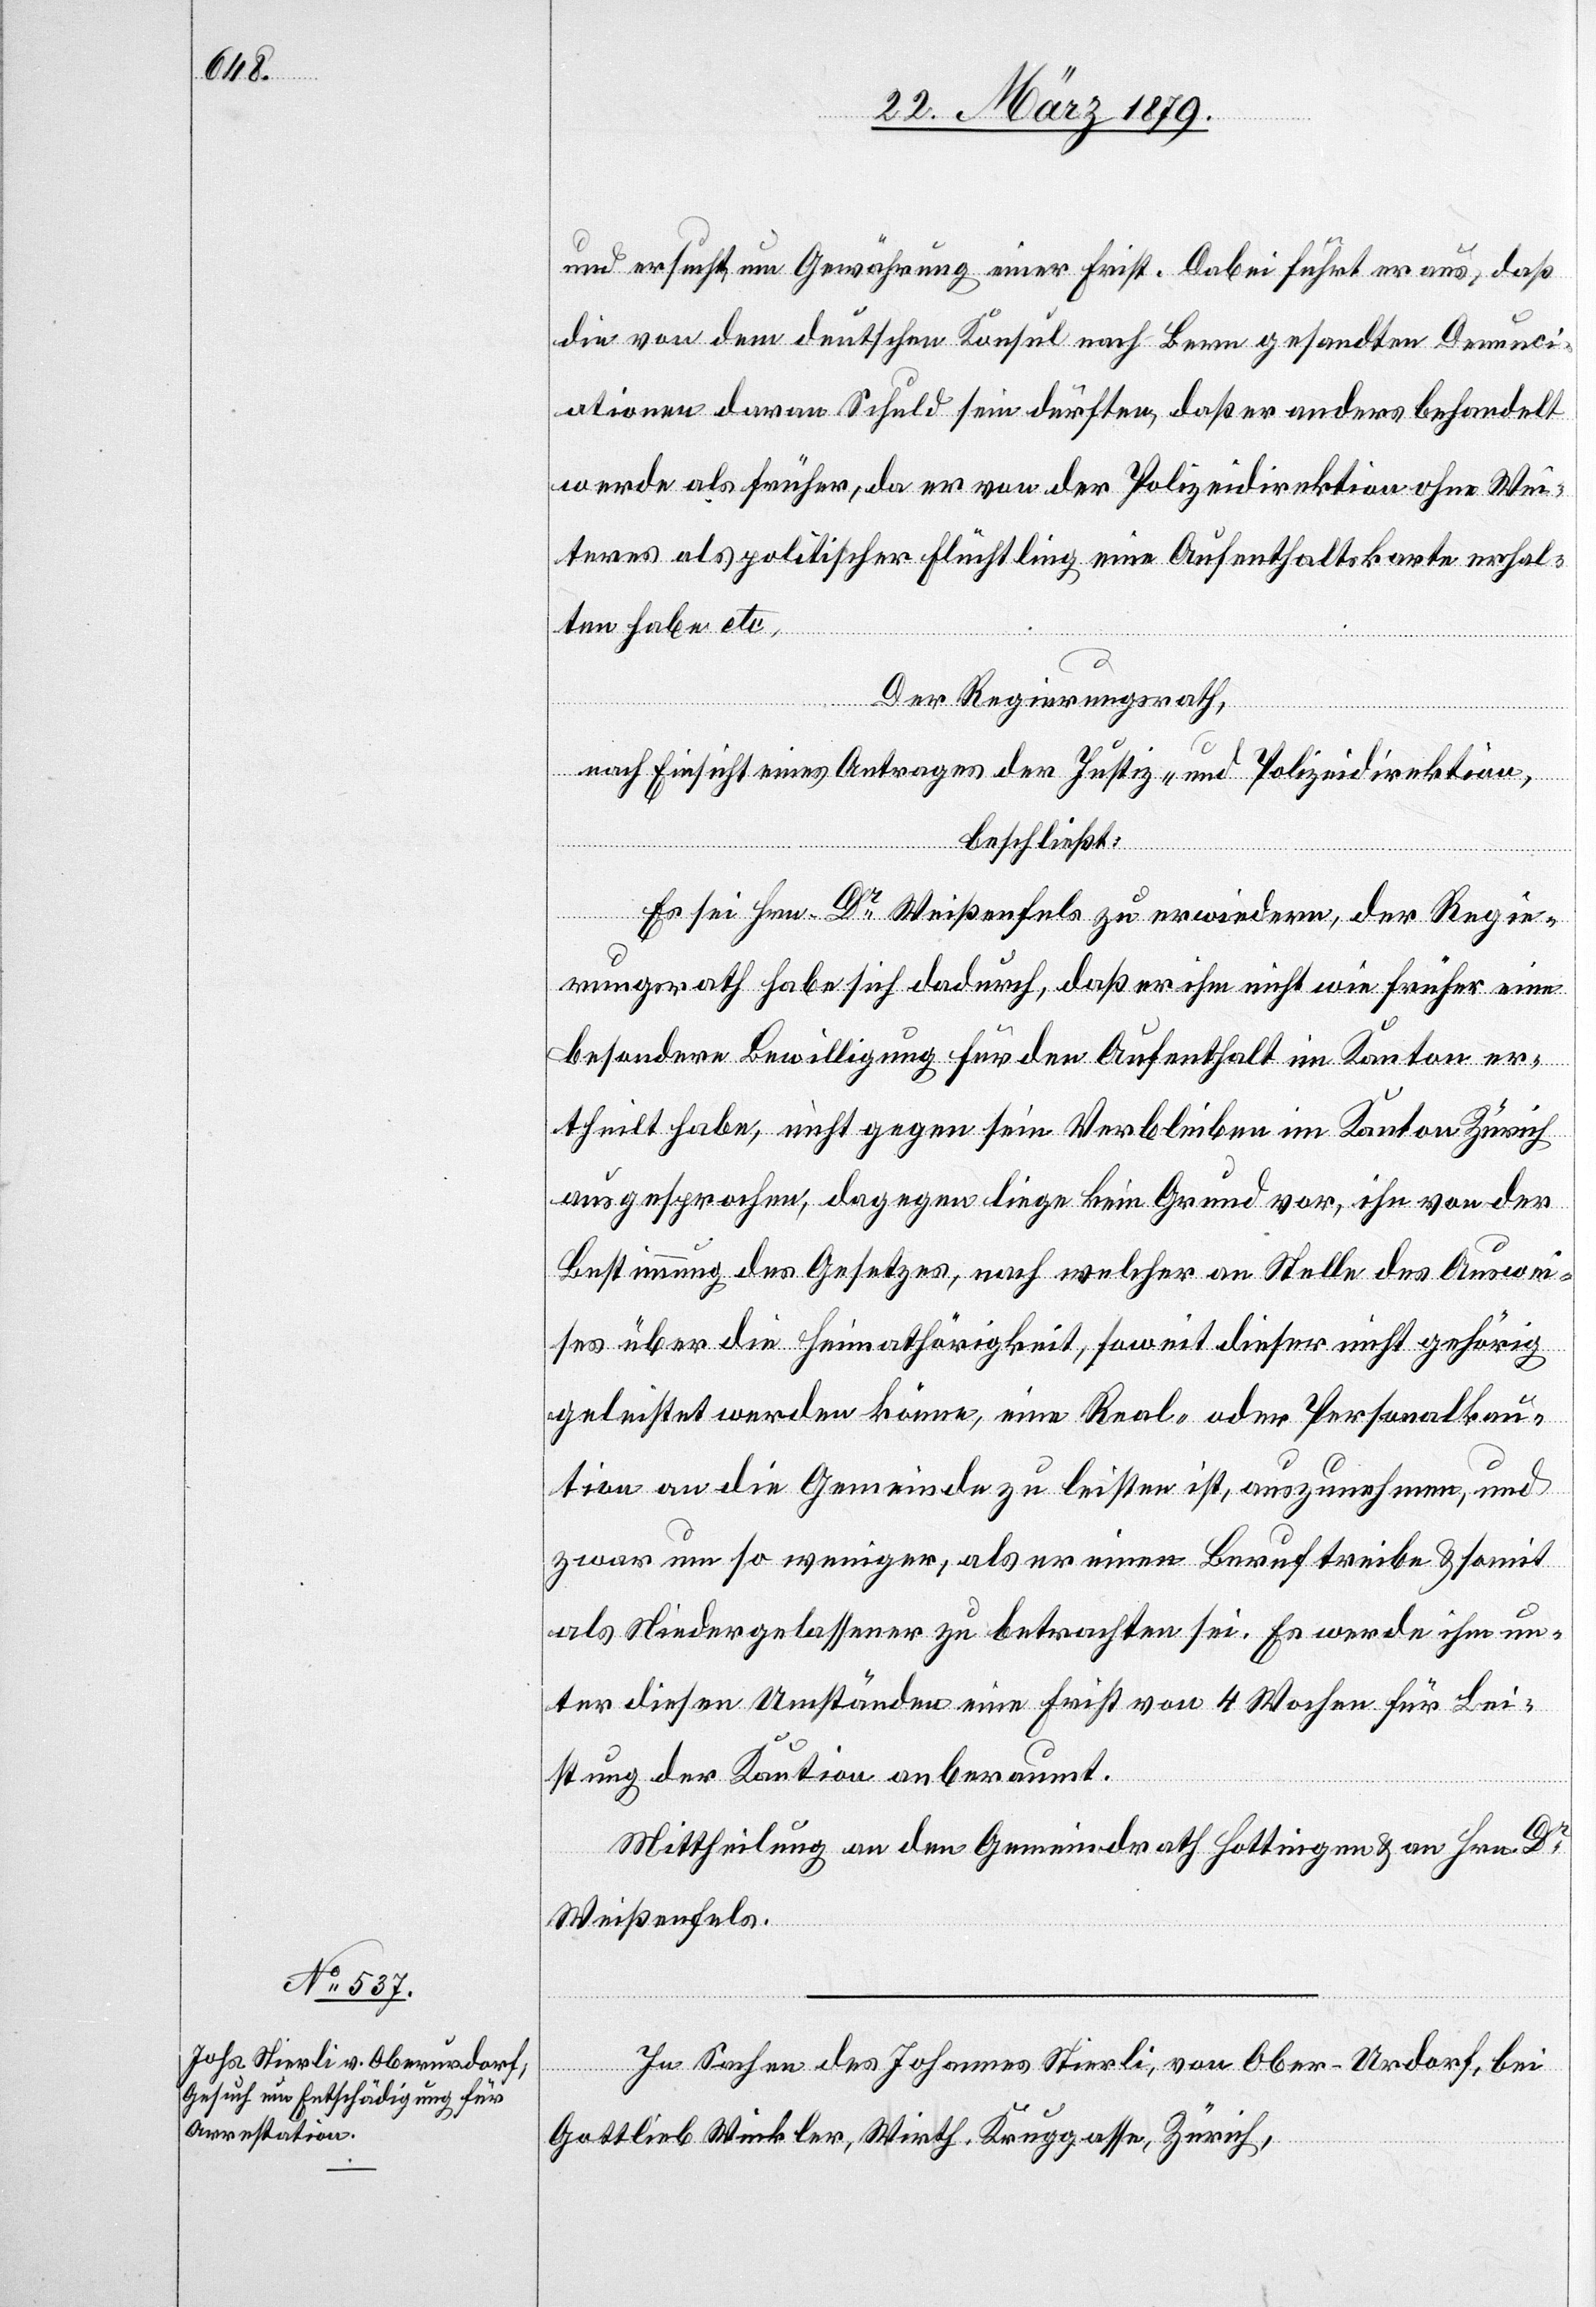
und ersucht um Gewährung einer Frist. Dabei führt er aus, daß
die von dem deutschen Konsul nach Bern gesandten Denunci¬
ationen daran Schuld sein dürften, daß er anders behandelt
werde als früher, da er von der Polizeidirektion ohne Wei¬
teres als politischer Flüchtling eine Aufenthaltskarte erhal¬
ten habe etc.
Der Regierungsrath,
nach Einsicht eines Antrages der Justiz- und Polizeidirektion,
beschließt:
Es sei Hrn Dr Weißenfels zu erwiedern, der Regie¬
rungsrath habe sich dadurch, daß er ihm nicht wie früher eine
besondere Bewilligung für den Aufenthalt im Kanton er¬
theilt habe, nicht gegen sein Verbleiben im Kanton Zürich
ausgesprochen, dagegen liege kein Grund vor, ihn von der
Bestimmung des Gesetzes, nach welcher an Stelle des Auswei¬
ses über die Heimathörigkeit, soweit dieser nicht gehörig
geleistet werden könne, eine Real- oder Personalkau¬
tion an die Gemeinde zu leisten ist, auszunehmen, und
zwar um so weniger, als er einen Beruf treibe & somit
als Niedergelassener zu betrachten sei. Es werde ihm un¬
ter diesen Umständen eine Frist von 4 Wochen für Lei¬
stung der Kaution anberaumt.
Mittheilung an den Gemeindrath Hottingen & an Hrn. Dr
Weißenfels.
In Sachen des Johannes Stierli, von Ober-Urdorf, bei
Gottlieb Winkler, Wirth, Kruggasse, Zürich,